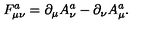
F _ { \mu \nu } ^ { a } = \partial _ { \mu } A _ { \nu } ^ { a } - \partial _ { \nu } A _ { \mu } ^ { a } .